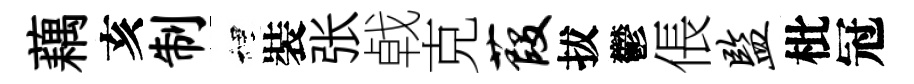
藕亥制裡裝张㦸克葭拔鬱倀监枇冠